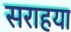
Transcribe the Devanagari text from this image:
सराहया